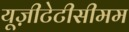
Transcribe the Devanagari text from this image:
यूज़ीटेटीसीमम